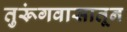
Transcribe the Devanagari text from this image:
तुरूंगवासातून